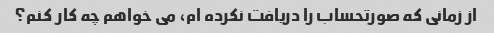
از زمانی که صورتحساب را دریافت نکرده ام، می خواهم چه کار کنم؟